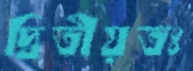
দ্বিতীয়তঃ